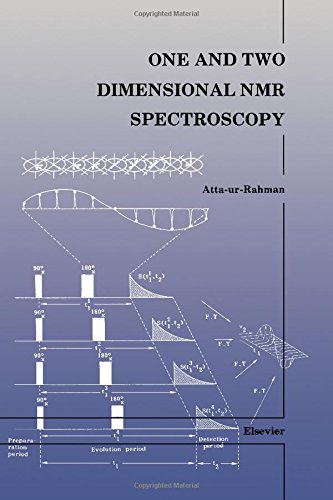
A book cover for One and Two Dimensional Nmr Spectroscopy; Atta-Ur Rahman; Science & Math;